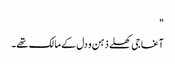
"
آغا جی کھلے ذہن و دل کے مالک تھے۔